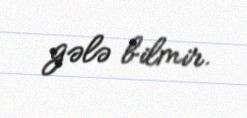
gələ bilmir.